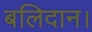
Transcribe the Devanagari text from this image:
बलिदान।